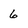
Character: 6